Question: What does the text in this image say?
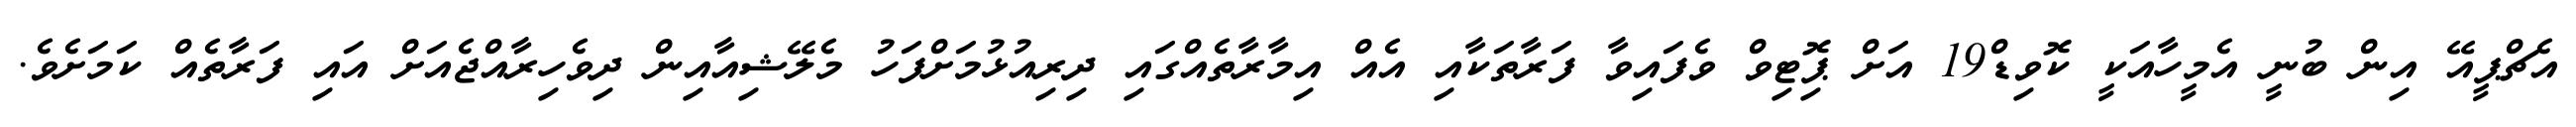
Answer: އެޗްޕީއޭ އިން ބުނީ އެމީހާއަކީ ކޮވިޑް19 އަށް ޕޮިޓިވް ވެފައިވާ ފަރާތަކާއި އެއް އިމާރާތެއްގައި ދިރިއުޅުމަށްފަހު މެލޭޝިއާއިން ދިވެހިރާއްޖެއަށް އައި ފަރާތެއް ކަމަށެވެ.